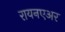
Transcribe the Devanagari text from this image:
रायनएअर